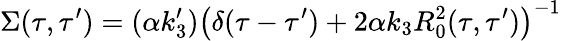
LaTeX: \Sigma(\tau,\tau^{\prime})=(\alpha k_{3}^{\prime})\left(\delta(\tau-\tau^{\prime})+2\alpha k_{3}R_{0}^{2}(\tau,\tau^{\prime})\right)^{-1}